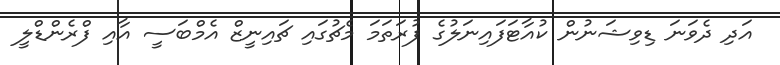
އަދި ދެވަނަ ޑިވިޝަނުން ކުއާޓަފައިނަލުގެ ފުރަތަމަ މެޗުގައި ޗައިނީޒް އެމްބަސީ އާއި ފްރެންޑްލީ